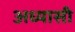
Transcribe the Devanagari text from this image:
अध्यासी